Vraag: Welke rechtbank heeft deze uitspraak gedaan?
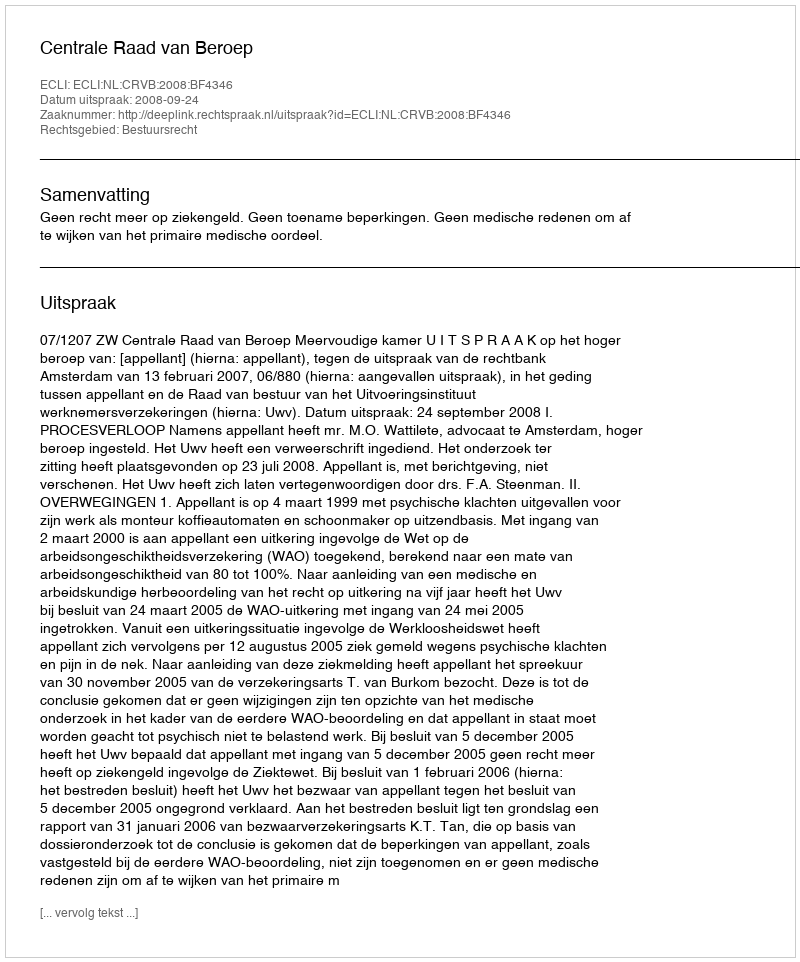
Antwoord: Centrale Raad van Beroep